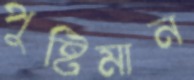
পুষ্টিমান